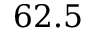
6 2 . 5